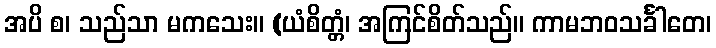
အပိ စ၊ သည်သာ မကသေး။ (ယံစိတ္တံ၊ အကြင်စိတ်သည်။ ကာမဘဝသင်္ခါတေ၊